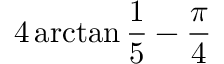
4 \arctan { \frac { 1 } { 5 } } - { \frac { \pi } { 4 } }